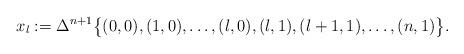
LaTeX: \begin{align*} x_l:= \Delta^{n+1}\bigl \{ (0,0), (1,0), \dots, (l,0), (l,1), (l+1,1), \dots, (n,1) \bigr \}.\end{align*}